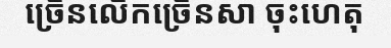
ច្រើនលើកច្រើនសា ចុះហេតុ